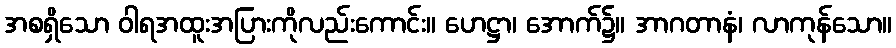
အစရှိသော ဝါရအထူးအပြားကိုလည်းကောင်း။ ဟေဋ္ဌာ၊ အောက်၌။ အာဂတာနံ၊ လာကုန်သော။